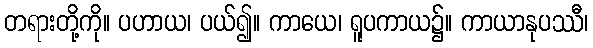
တရားတို့ကို။ ပဟာယ၊ ပယ်၍။ ကာယေ၊ ရူပကာယ၌။ ကာယာနုပဿီ၊